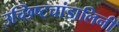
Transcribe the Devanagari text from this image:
उच्छिष्टचांडालिनी